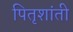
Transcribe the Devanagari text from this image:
पितृशांती